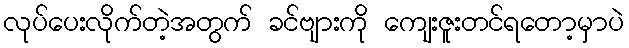
လုပ်ပေးလိုက်တဲ့အတွက် ခင်ဗျားကို ကျေးဇူးတင်ရတော့မှာပဲ